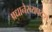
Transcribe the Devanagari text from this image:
प्रधानैरव्यपदेश